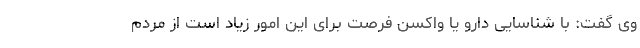
وی گفت: با شناسایی دارو یا واکسن فرصت برای این امور زیاد است از مردم